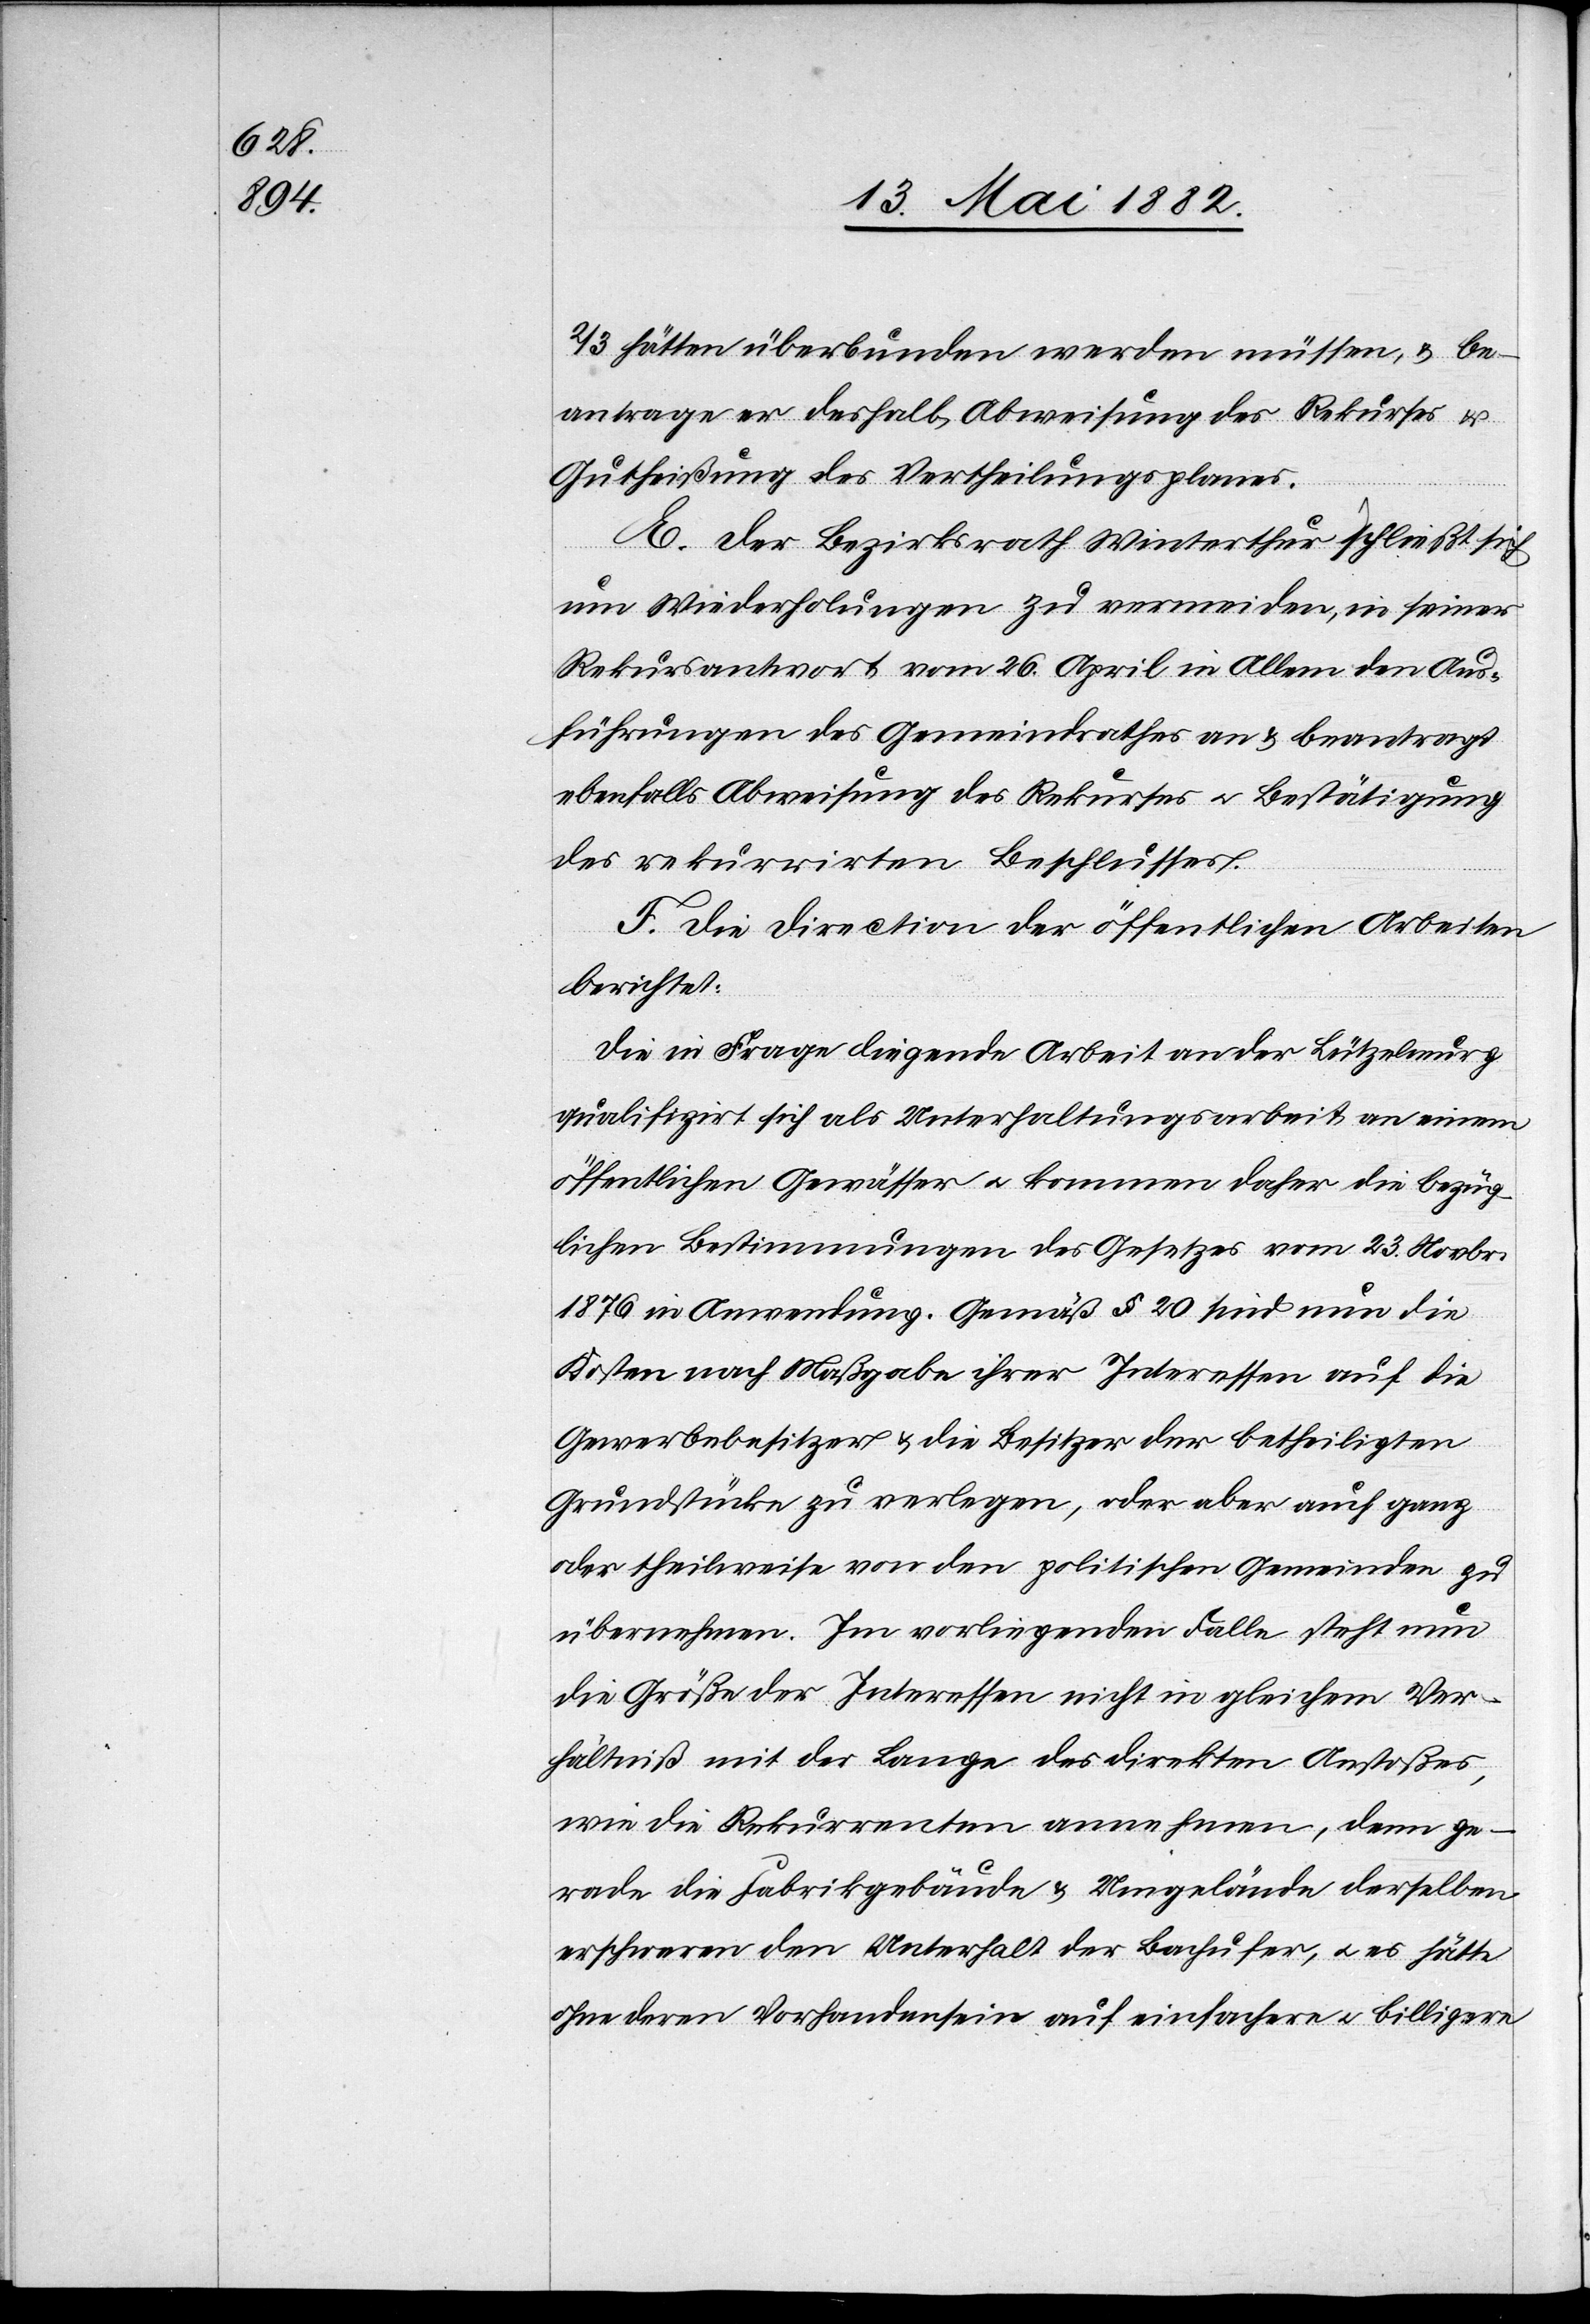
2/3 hätten überbunden werden müssen, & be¬
antrage er deshalb Abweisung des Rekurses &
Gutheißung des Vertheilungsplanes.
E. Der Bezirksrath Winterthur schließt sich
um Wiederholungen zu vermeiden, in seiner
Rekursantwort vom 26. April in Allem den Aus¬
führungen des Gemeindrathes an & beantragt
ebenfalls Abweisung des Rekurses u. Bestätigung
des rekurrirten Beschlusses.
F. Die Direction der öffentlichen Arbeiten
berichtet:
Die in Frage liegende Arbeit an der Lützelmurg
qualifizirt sich als Unterhaltungsarbeit an einem
öffentlichen Gewässer u. kommen daher die bezüg¬
lichen Bestimmungen des Gesetzes vom 23. Novbr.
1876 in Anwendung. Gemäß § 20 sind nun die
Kosten nach Maßgabe ihrer Interessen auf die
Gewerbebesitzer & die Besitzer der betheiligten
Grundstücke zu verlegen, oder aber auch ganz
oder theilweise von den politischen Gemeinden zu
übernehmen. Im vorliegenden Falle steht nun
die Größe der Interessen nicht in gleichem Ver¬
hältniß mit der Länge des direkten Anstoßes,
wie die Rekurrenten annehmen, denn ge¬
rade die Fabrikgebäude & Umgelände derselben
erschweren den Unterhalt der Bachufer, u. es hätte
ohne deren Vorhandensein auf einfachere u. billigere